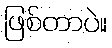
ဖြစ်တာပဲ။